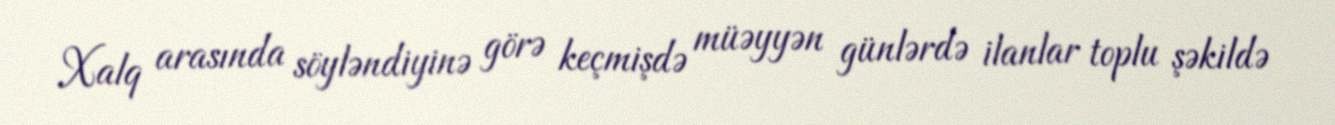
Xalq arasında söyləndiyinə görə keçmişdə müəyyən günlərdə ilanlar toplu şəkildə